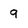
Character: 9